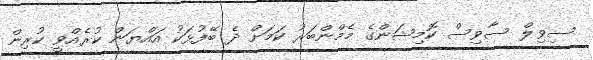
ސިވިލް ސާވިސް ކޮމިޝަންގެ މެމްންބަރު ކަމަށް ދެ ބޭފުޅަކު އައްޔަން ކުރެއްވީ ކުރިން